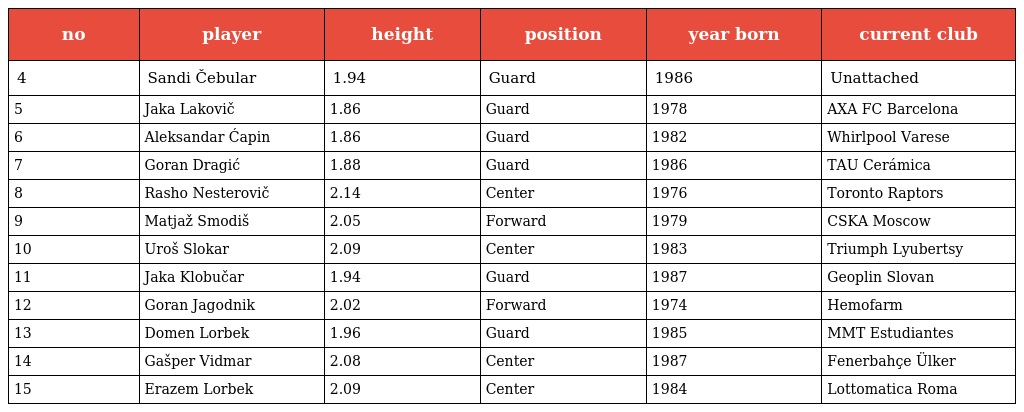
| no | player | height | position | year born | current club |
 | --- | --- | --- | --- | --- | --- |
 | 4 | Sandi Čebular | 1.94 | Guard | 1986 | Unattached |
 | 5 | Jaka Lakovič | 1.86 | Guard | 1978 | AXA FC Barcelona |
 | 6 | Aleksandar Ćapin | 1.86 | Guard | 1982 | Whirlpool Varese |
 | 7 | Goran Dragić | 1.88 | Guard | 1986 | TAU Cerámica |
 | 8 | Rasho Nesterovič | 2.14 | Center | 1976 | Toronto Raptors |
 | 9 | Matjaž Smodiš | 2.05 | Forward | 1979 | CSKA Moscow |
 | 10 | Uroš Slokar | 2.09 | Center | 1983 | Triumph Lyubertsy |
 | 11 | Jaka Klobučar | 1.94 | Guard | 1987 | Geoplin Slovan |
 | 12 | Goran Jagodnik | 2.02 | Forward | 1974 | Hemofarm |
 | 13 | Domen Lorbek | 1.96 | Guard | 1985 | MMT Estudiantes |
 | 14 | Gašper Vidmar | 2.08 | Center | 1987 | Fenerbahçe Ülker |
 | 15 | Erazem Lorbek | 2.09 | Center | 1984 | Lottomatica Roma |